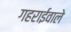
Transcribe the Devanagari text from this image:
गहराईवाले